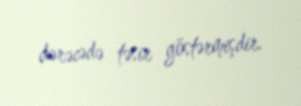
dərəcədə təsir göstərmişdir.